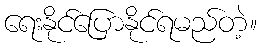
ရေးနိုင်ပြောနိုင်ရမည်တဲ့။